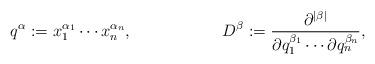
LaTeX: \begin{align*}q^\alpha &:=x_1^{\alpha_1}\cdots x_n^{\alpha_n}, &D^\beta &:=\frac{\partial^{|\beta|}}{\partial q_1^{\beta_1}\cdots \partial q_n^{\beta_n}},\end{align*}